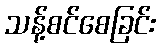
သန့်စင်စေခြင်း